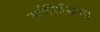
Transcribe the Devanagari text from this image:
सर्वसिद्धिस्तु